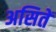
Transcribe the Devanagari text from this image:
असितें